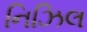
નિઝિલ